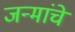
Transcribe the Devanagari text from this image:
जन्मांचे